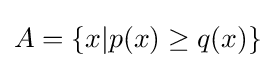
A=\{x|p(x)\geq q(x)\}